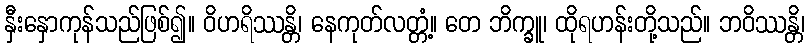
နှီးနှောကုန်သည်ဖြစ်၍။ ဝိဟရိဿန္တိ၊ နေကုတ်လတ္တံ့။ တေ ဘိက္ခူ၊ ထိုရဟန်းတို့သည်။ ဘဝိဿန္တိ၊